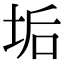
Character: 垢